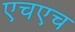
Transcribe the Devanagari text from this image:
एचएच